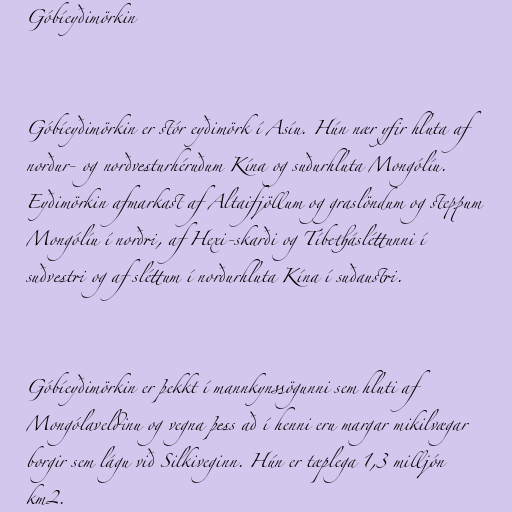
Góbíeyðimörkin

Góbíeyðimörkin er stór eyðimörk í Asíu. Hún nær yfir hluta af
norður- og norðvesturhéruðum Kína og suðurhluta Mongólíu.
Eyðimörkin afmarkast af Altaifjöllum og graslöndum og steppum
Mongólíu í norðri, af Hexi-skarði og Tíbethásléttunni í
suðvestri og af sléttum í norðurhluta Kína í suðaustri.

Góbíeyðimörkin er þekkt í mannkynssögunni sem hluti af
Mongólaveldinu og vegna þess að í henni eru margar mikilvægar
borgir sem lágu við Silkiveginn. Hún er tæplega 1,3 milljón
km2.